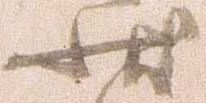
状